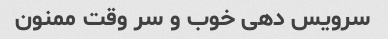
سرویس دهی خوب و سر وقت ممنون